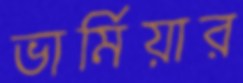
ভার্মিয়ার